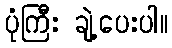
ပုံကြီး ချဲ့ပေးပါ။